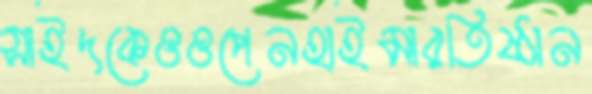
সাইদকেওওপেনহাইমারতিষ্ঠান